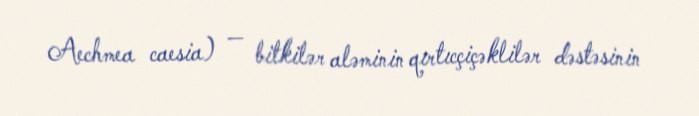
Aechmea caesia) — bitkilər aləminin qırtıcçiçəklilər dəstəsinin